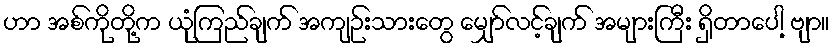
ဟာ အစ်ကိုတို့က ယုံကြည်ချက် အကျဉ်းသားတွေ မျှော်လင့်ချက် အများကြီး ရှိတာပေါ့ ဗျာ။